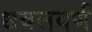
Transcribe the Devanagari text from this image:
धवलवर्ण